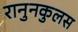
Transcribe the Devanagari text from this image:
रानुनकुलस